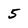
Character: 5